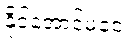
နိုင်အောင်မငေး